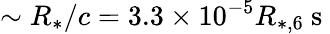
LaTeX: \sim R_{*}/c=3.3\times 10^{-5}R_{*,6}\mathrm{~s~}